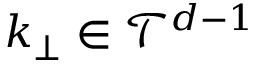
k _ { \bot } \in \mathcal { T } ^ { d - 1 }